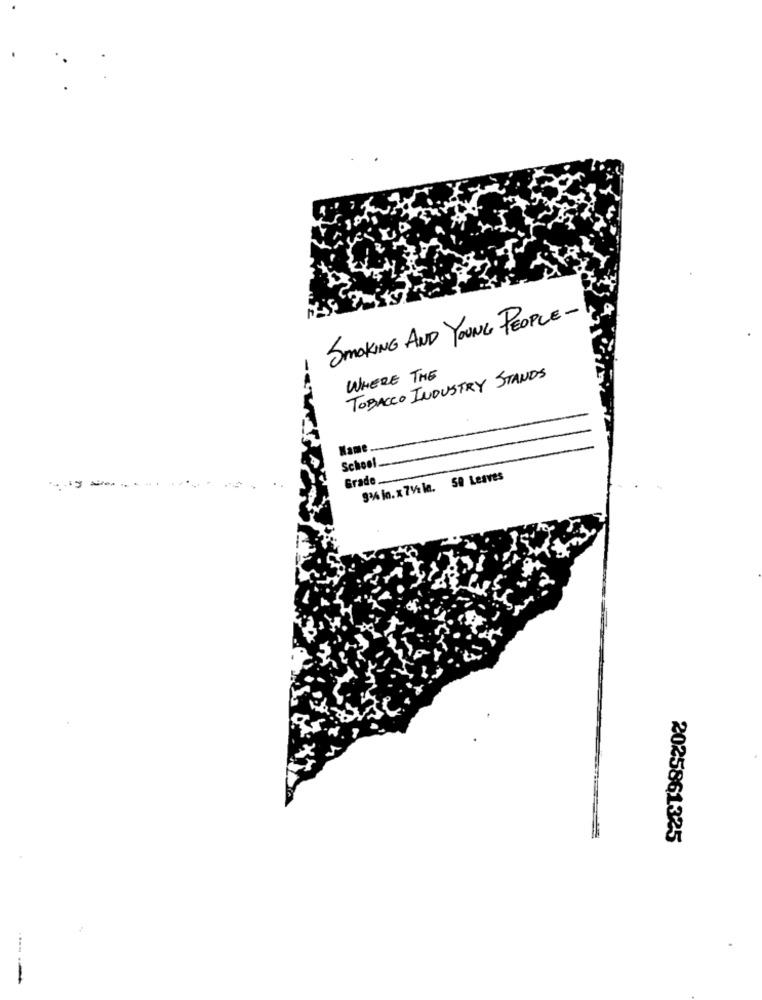
SMOKING AND YOUNG PEOPLE-
WHERE THE
TOBACCO INDUSTRY STANDS
Name
School
Grade.
9% in. x 7Vila. 50 Leaves
-----
2025861325